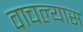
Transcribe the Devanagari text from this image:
वाचल्यास